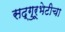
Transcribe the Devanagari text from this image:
सद्गुरूभेटीचा